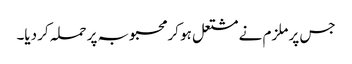
جس پر ملزم نے مشتعل ہو کر محبوبہ پر حملہ کر دیا۔